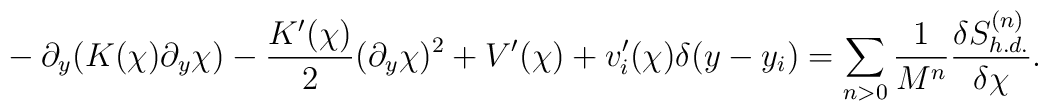
~- \partial_y (K(\chi) \partial_y \chi) - \frac{K'(\chi)}{2} (\partial_y \chi)^2 + V'(\chi) + v_i'(\chi) \delta(y - y_i) = \sum_{n>0} \frac{1}{M^n} \frac{\delta S^{(n)}_{h.d.}}{\delta \chi}.